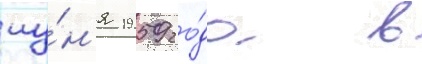
иу́н'я 1959 го́да в